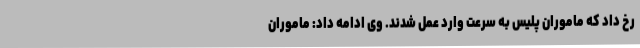
رخ داد که ماموران پلیس به سرعت وارد عمل شدند. وی ادامه داد: ماموران